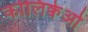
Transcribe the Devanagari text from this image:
कोलिक्वेओ